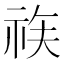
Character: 𱵉